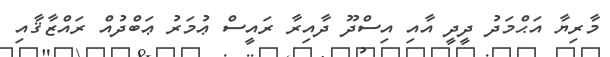
މާރިޔާ އަޙްމަދު ދީދީ އާއި އިސްދޫ ދާއިރާ ރައީސް ޢުމަރު ޢަބްދުއް ރައްޒާޤާއި